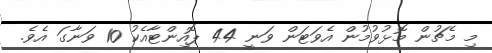
މި މެޗުން މޮޅުވުމުން އެވަޓަން ވަނީ 44 ޕޮއިންޓާއެކު 10 ވަނާގަ އެވެ.